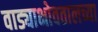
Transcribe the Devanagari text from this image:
वाड्याभोवतालच्या